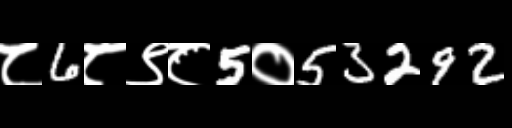
Text: ८6८९८5०53292